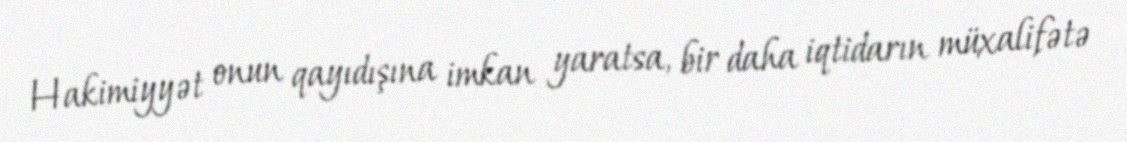
Hakimiyyət onun qayıdışına imkan yaratsa, bir daha iqtidarın müxalifətə